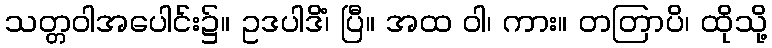
သတ္တဝါအပေါင်း၌။ ဥဒပါဒိံ၊ ပြီ။ အထ ဝါ၊ ကား။ တတြာပိ၊ ထိုသို့